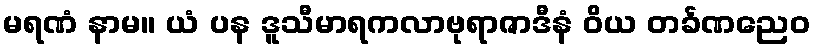
မရဏံ နာမ။ ယံ ပန ဒူသီမာရကလာဗုရာဇာဒီနံ ဝိယ တင်္ခဏညေဝ